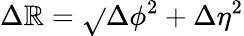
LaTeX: \Delta\mathbb{R}=\sqrt{}{{\Delta\phi^{2}+\Delta\eta^{2}}}